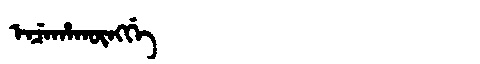
Manchu: ᡝᠨᠴᡝᡥᠠᡴᡡᠩᡤᡝ
Romanization: ENCEHAKŪNGGE